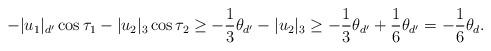
LaTeX: \begin{align*} -|u_1|_{d'} \cos \tau_1- |u_2|_3 \cos \tau_2 \ge -\frac{1}{3} \theta_{d'}- |u_2|_3 \ge -\frac{1}{3} \theta_{d'} + \frac{1}{6} \theta_{d'} =-\frac{1}{6} \theta_d \mbox{.} \end{align*}